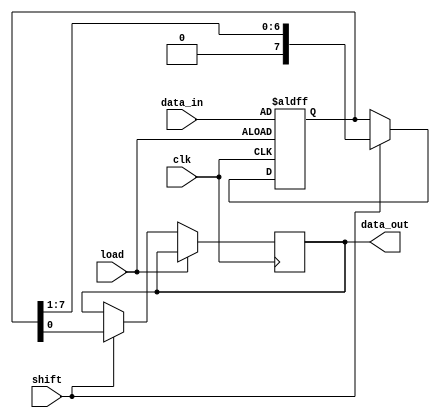
module piso_register (
    input  wire [7:0] data_in,    // 8-bit parallel data input
    input  wire load,              // Asynchronous load signal (active high)
    input  wire shift,             // Shift signal (active high)
    input  wire clk,               // Clock signal
    output reg  data_out           // Serial data output
);

    reg [7:0] shift_reg;           // Internal 8-bit register to hold the data
    integer i;                     // Integer for loop control

    always @(posedge clk or posedge load) begin
        if (load) begin
            // Load data into the shift register on load signal
            shift_reg <= data_in;
        end else if (shift) begin
            // Shift data out on shift signal
            data_out <= shift_reg[0];    // Output LSB
            // Shift the register left (towards the LSB)
            shift_reg <= {1'b0, shift_reg[7:1]};
        end
        // If neither load nor shift is high, maintain current state
    end

endmodule